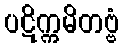
ပဋိက္ကမိတဗ္ဗံ